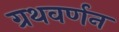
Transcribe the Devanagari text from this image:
ग्रथवर्णन